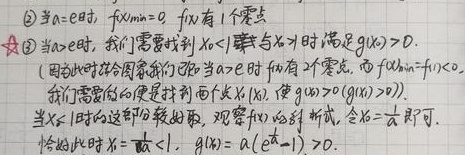
2. 当 \(a = e\) 时，\(f(x)_{\min}=0\)，\(f(x)\) 有 \(1\) 个零点★
3. 当 \(a>e\) 时，我们需要找到 \(x_{0}<1\) 与 \(x_{1}\) 时满足 \(g(x)>0\) 。(因为此时结合图象我们可知当 \(a > e\) 时 \(f(x)\) 有 \(2\) 个零点，而 \(f(x)_{\min}=f(1)<0\) ，我们需要做的便是找到两个点 \(x_{0},x_{1}\)，使 \(g(x_{0})>0,g(x_{1})>0\) )。当 \(x_{0}<1\) 时的这部分较好取，观察 \(f(x)\) 的解析式，令 \(x_{0}=\frac{1}{a}\) 即可。恰好此时 \(x_{0}=\frac{1}{a}<1\)，\(g(x_{0})=a(e^{\frac{1}{a}} - 1)>0\) 。